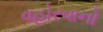
વહોરવાનો